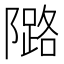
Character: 𱀺